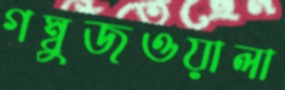
গম্বুজওয়ালা